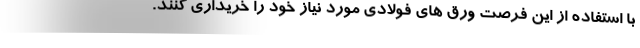
با استفاده از این فرصت ورق های فولادی مورد نیاز خود را خریداری کنند.